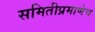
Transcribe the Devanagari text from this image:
समितीप्रमाणेच